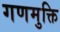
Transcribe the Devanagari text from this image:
गणमुक्ति